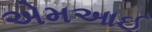
એમઆઈ